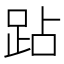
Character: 跕